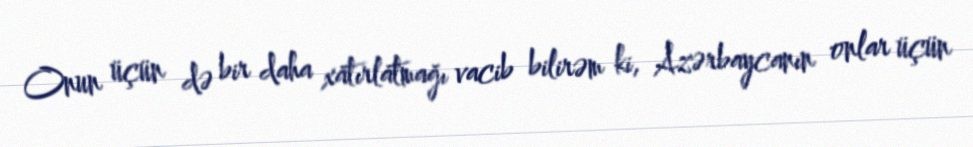
Onun üçün də bir daha xatırlatmağı vacib bilirəm ki, Azərbaycanın onlar üçün